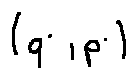
( q _ { i } , p _ { i } )